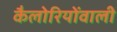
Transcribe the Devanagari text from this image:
कैलोरियोंवाली